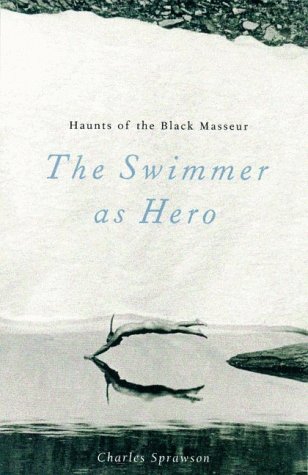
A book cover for Haunts of the Black Masseur: The Swimmer as Hero; Charles Sprawson; Sports & Outdoors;